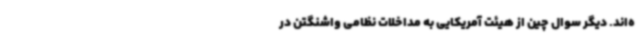
ه‌اند. دیگر سوال چین از هیئت آمریکایی به مداخلات نظامی واشنگتن در